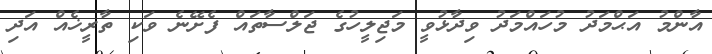
އާންމު އަޙްމަދު މުހައްމަދު ވިދާޅުވީ މަޖިލީހުގެ ޖަލްސާތައް ފެށޭނެ ވަކި ތާރީޚެއް އަދި